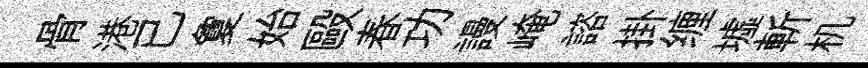
骨港已夐始毆春功謾崦諮掛缠墟斬机